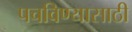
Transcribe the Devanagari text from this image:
पचविण्यासाठी